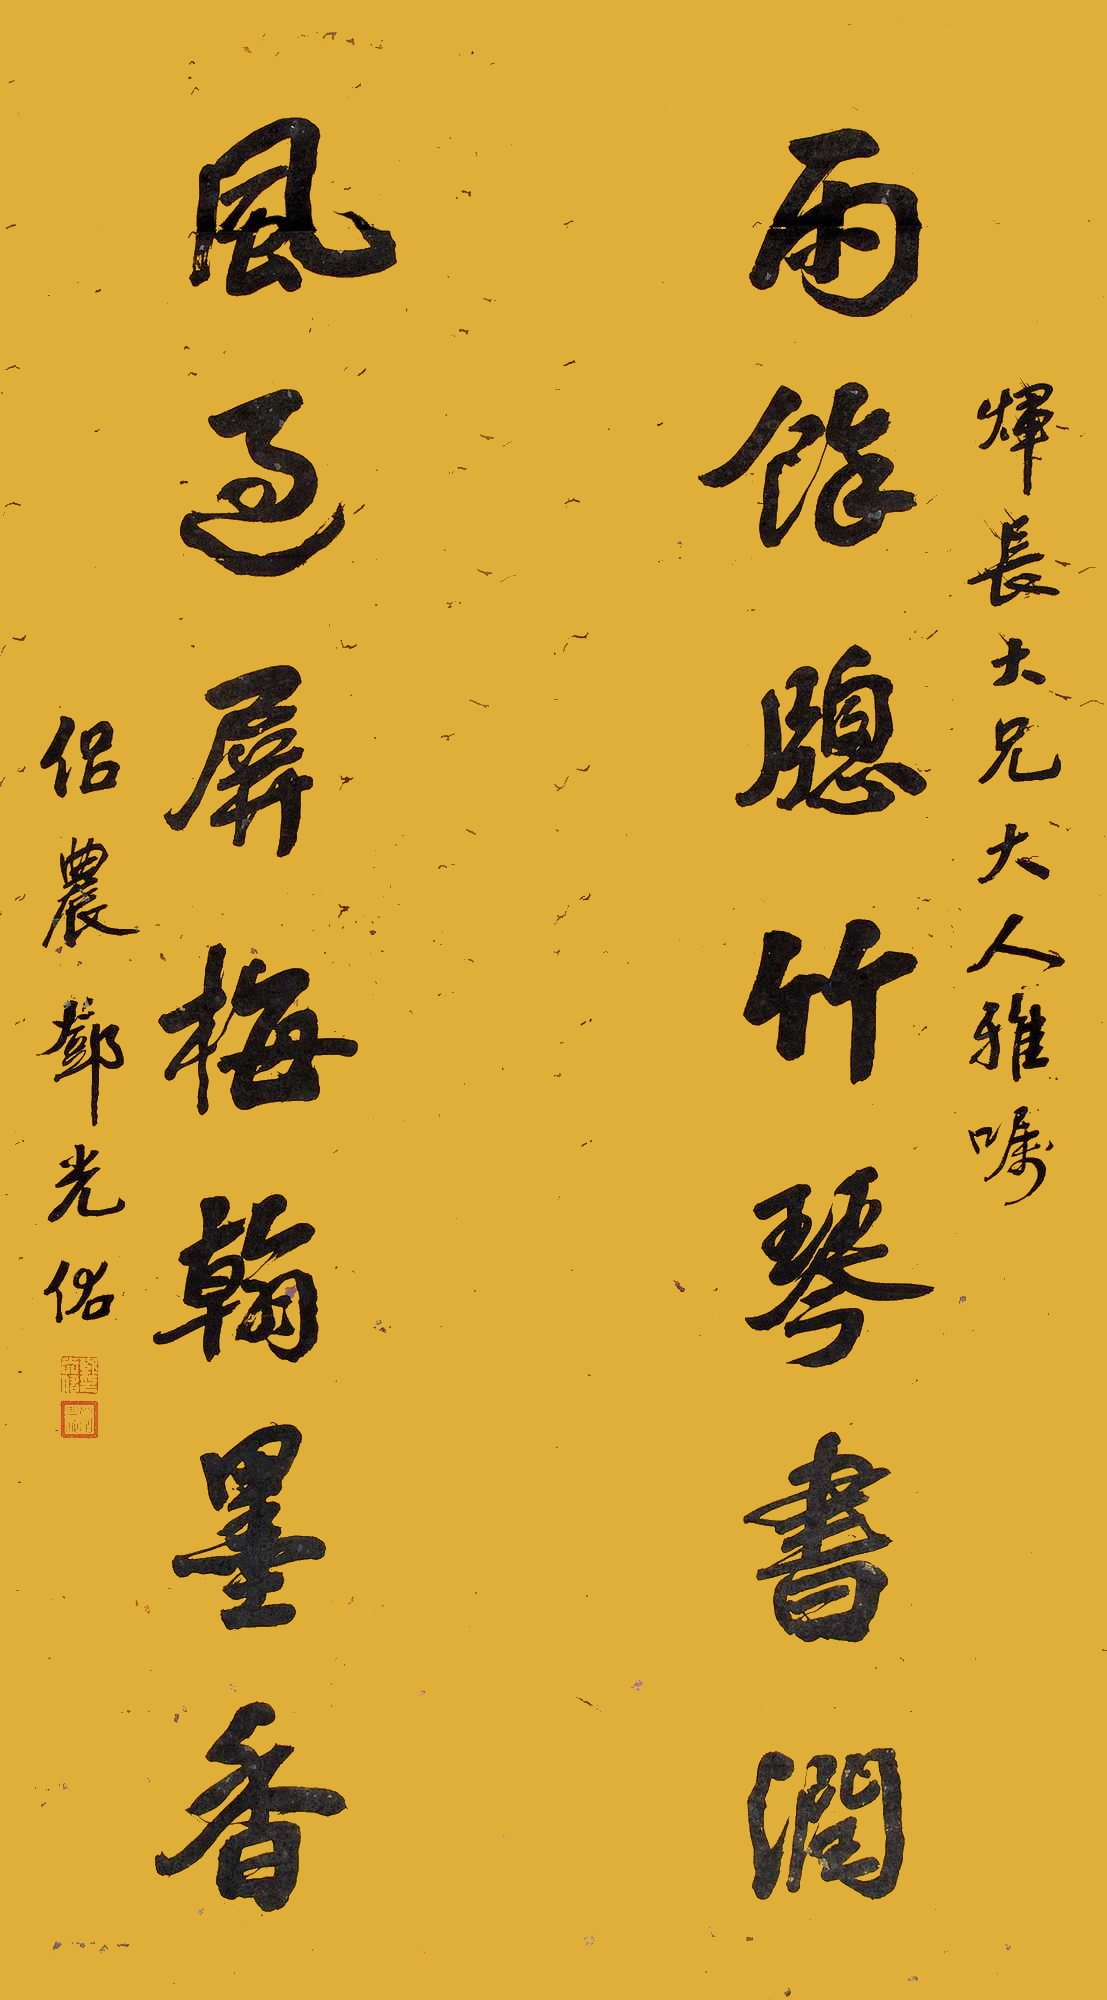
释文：𪸩长大兄大人雅嘱。雨余窗竹琴书润，风过屏梅翰墨香。侣农邓光佑。